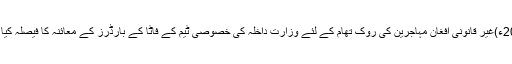
2016ء)غیر قانونی افغان مہاجرین کی روک تھام کے لئے وزارت داخلہ کی خصوصی ٹیم کے فاٹا کے بارڈرز کے معائنہ کا فیصلہ کیا ہے ۔